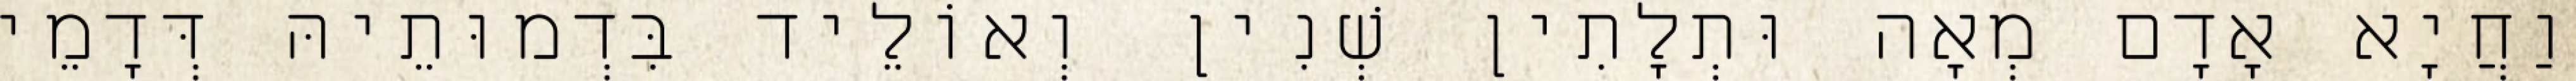
וַחֲיָא אָדָם מְאָה וּתְלָתִין שְׁנִין וְאוֹלֵיד בִּדְמוּתֵיהּ דְּדָמֵי